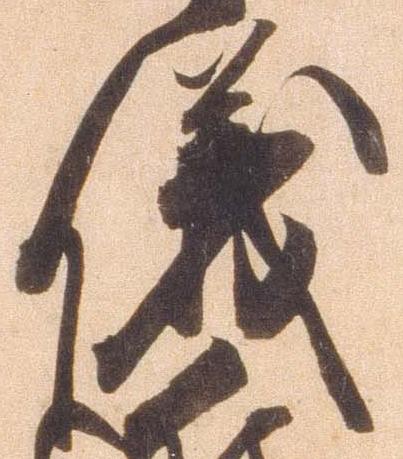
儀